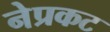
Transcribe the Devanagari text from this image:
नेप्रकट